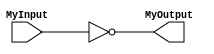

module MyInverter (
	MyInput, 
	MyOutput
	);

	input MyInput;
	output MyOutput;

	assign MyOutput = ~ MyInput;

endmodule